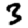
Digit: 3